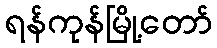
ရန်ကုန်မြို့တော်